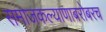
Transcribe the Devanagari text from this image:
समाजकल्याणाबरोबरच